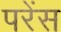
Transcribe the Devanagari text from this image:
परेंस